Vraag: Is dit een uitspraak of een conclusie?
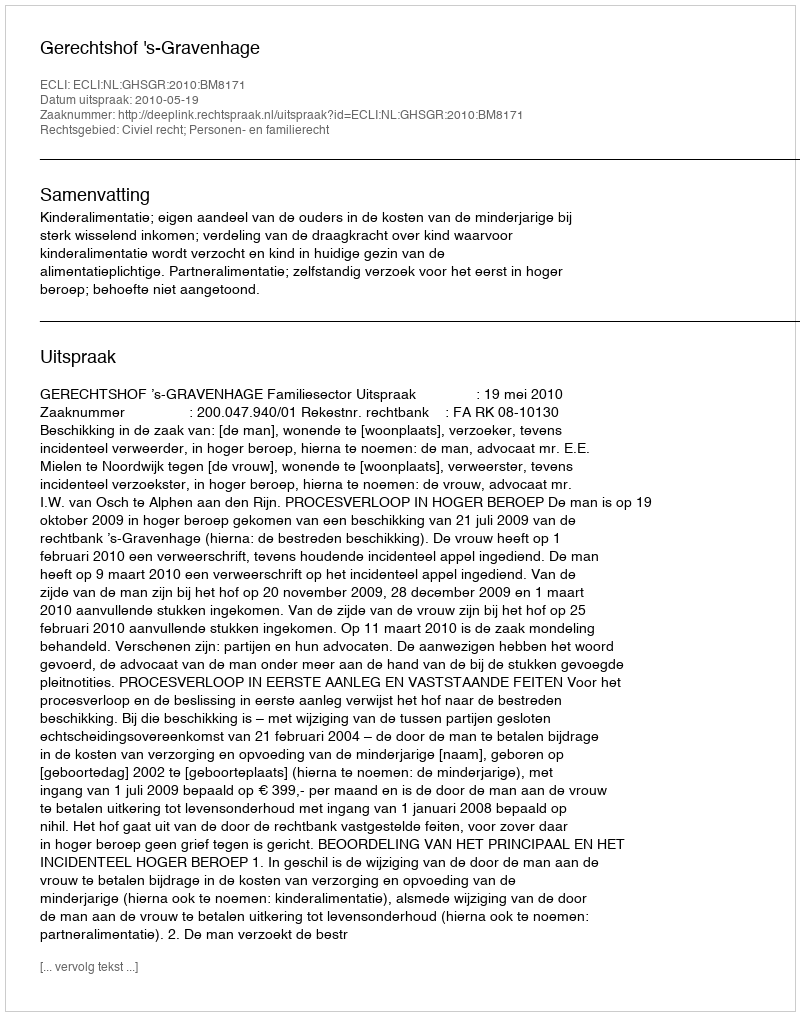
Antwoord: Uitspraak